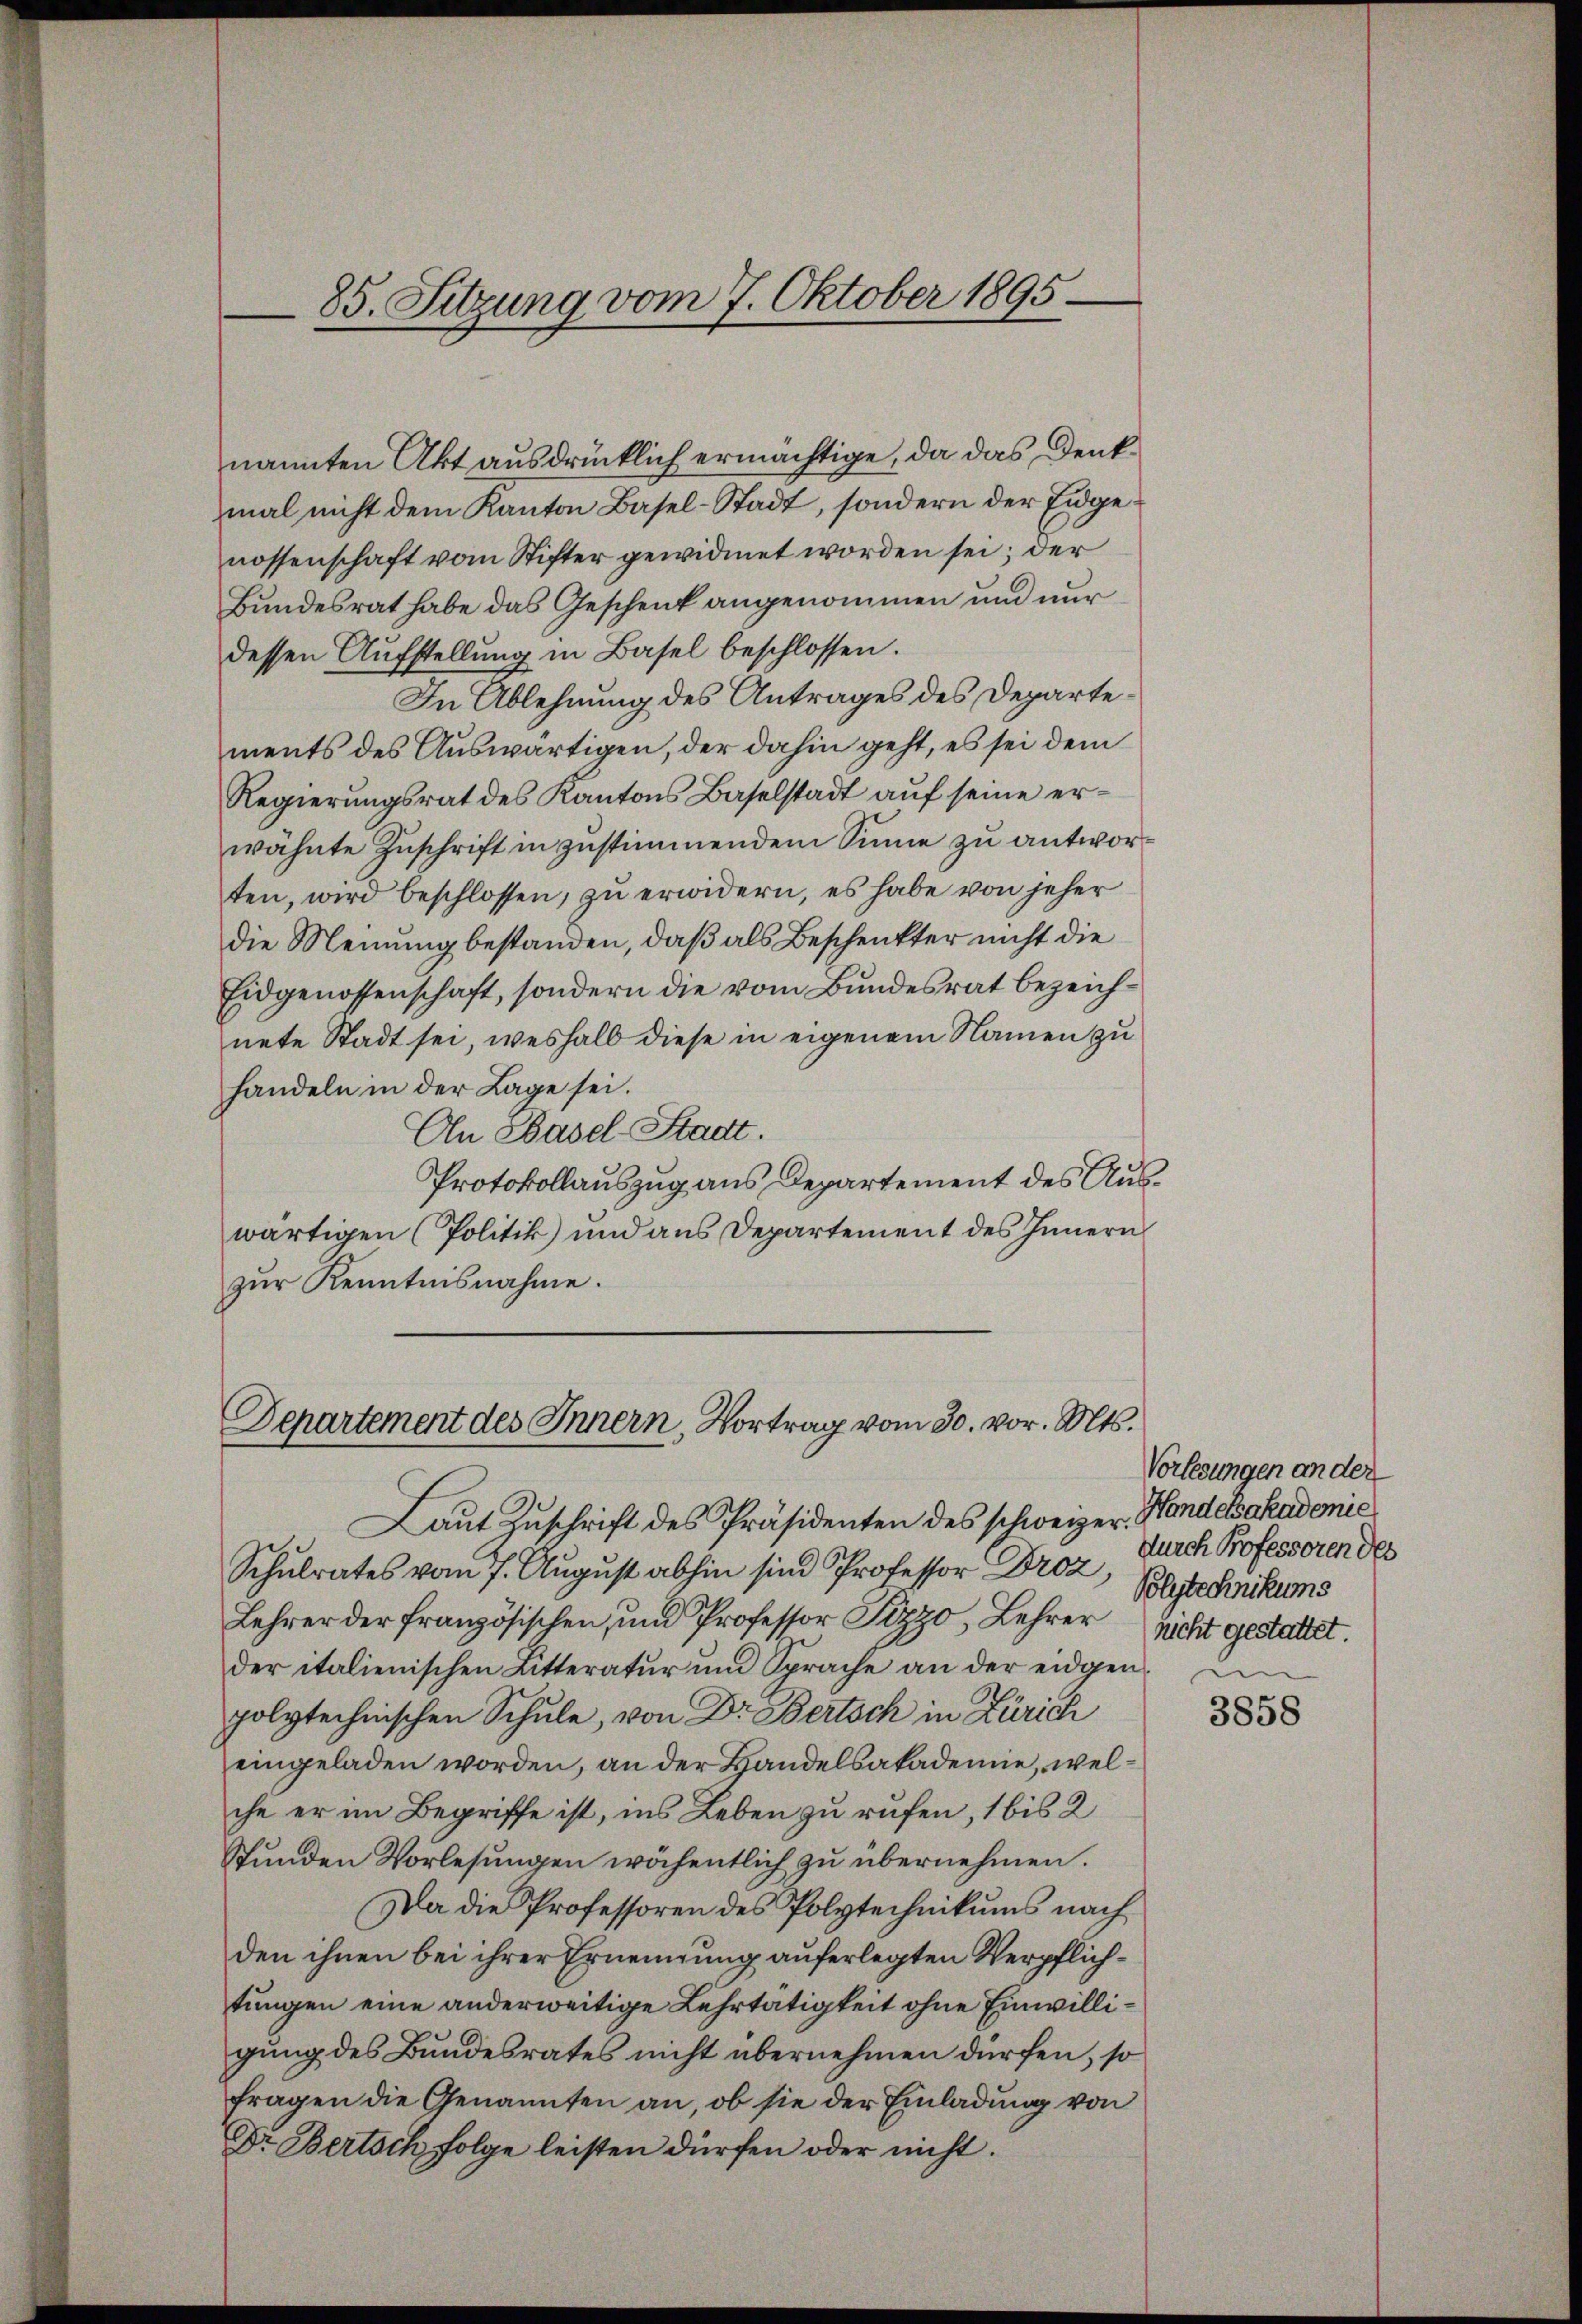
85. Sitzung vom 7. Oktober 1895

Departement des Innern, Vortrag vom 30. vor. Mts.

nannten Akt ausdrücklich ermächtige, da das Denkmal nicht dem Kanton Basel-Stadt, sondern der Eidgenossenschaft vom Stifter gewidmet worden sei; der
Bundesrat habe das Geschenk angenommen und nur
dessen Aŭfstellung in Basel beschlossen.
In Ablehnung des Antrages des Departements des Auswärtigen, der dahin geht, es sei dem
Regierungsrat des Kantons Baselstadt auf seine erwähnte Zŭschrift in zŭstimmendem Sinne zu antworten, wird beschlossen, zu erwidern, es habe von jeher
die Meinung bestanden, daß als Beschenkter nicht die
Eidgenossenschaft, sondern die vom Bundesrat bezeichnete Stadt sei, weshalb diese in eigenem Namen zu
handeln in der Lage sei.
An Basel-Stadt.
Protokollauszug aus Departement des Auswärtigen (Politik und aus Departement des Innern
zur Kenntnisnahme.

Laut Zuschrift des Präsidenten des schweizer.
Schulrates vom 7. August abhin sind Professor Droz
Lehrer der französischen, und Professor Pizzo, Lehrer
der italienischen Litteratur und Sprache an der eidgen
polytechnischen Schule, von Dr. Bertsch in Zürich
eingeladen worden, an der Handelsakademie, welche er im Begriffe ist, ins Leben zu rufen, 1 bis 2
Stunden Vorlesungen wöchentlich zu übernehmen.
Da die Professoren des Polytechnikums nach
den ihnen bei ihrer Ernennung auferlegten Verpflichtungen eine anderweitige Lehrtätigkeit ohne Einwilligung des Bundesrates nicht übernehmen dürfen, so
fragen die Genannten an, ob sie der Einladung von
Dr. Bertsch folge leisten dürfen oder nicht.

Vorlesungen an der
Handelsakademie
durch Professoren des
Polytechnikums
nicht gestattet.

3858